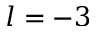
l = - 3